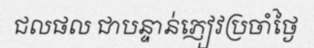
ជលផល ជាបន្ទាន់ភ្ញៀវប្រចាំថ្ងៃ